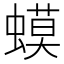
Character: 蟆